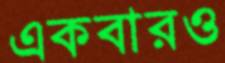
একবারও